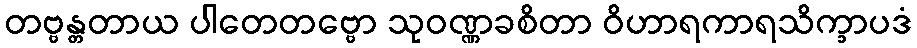
တဗ္ဗန္တတာယ ပါတေတဗ္ဗော သုဝဏ္ဏခစိတာ ဝိဟာရကာရသိက္ခာပဒံ